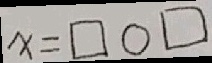
x = \square \bigcirc \square